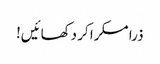
ذرا مسکرا کر دکھائیں!